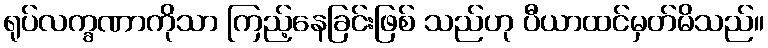
ရုပ်လက္ခဏာကိုသာ ကြည့်နေခြင်းဖြစ် သည်ဟု ပီယာထင်မှတ်မိသည်။